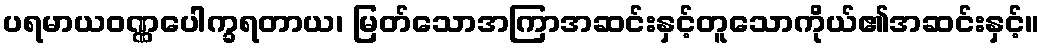
ပရမာယဝဏ္ဏပေါက္ခရတာယ၊ မြတ်သောအကြာအဆင်းနှင့်တူသောကိုယ်၏အဆင်းနှင့်။